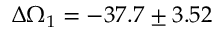
\Delta \Omega _ { 1 } = - 3 7 . 7 \pm 3 . 5 2